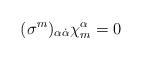
\begin{align*}(\sigma^m)_{\alpha\dot{\alpha}}\chi^{\alpha}_{m} = 0 \end{align*}